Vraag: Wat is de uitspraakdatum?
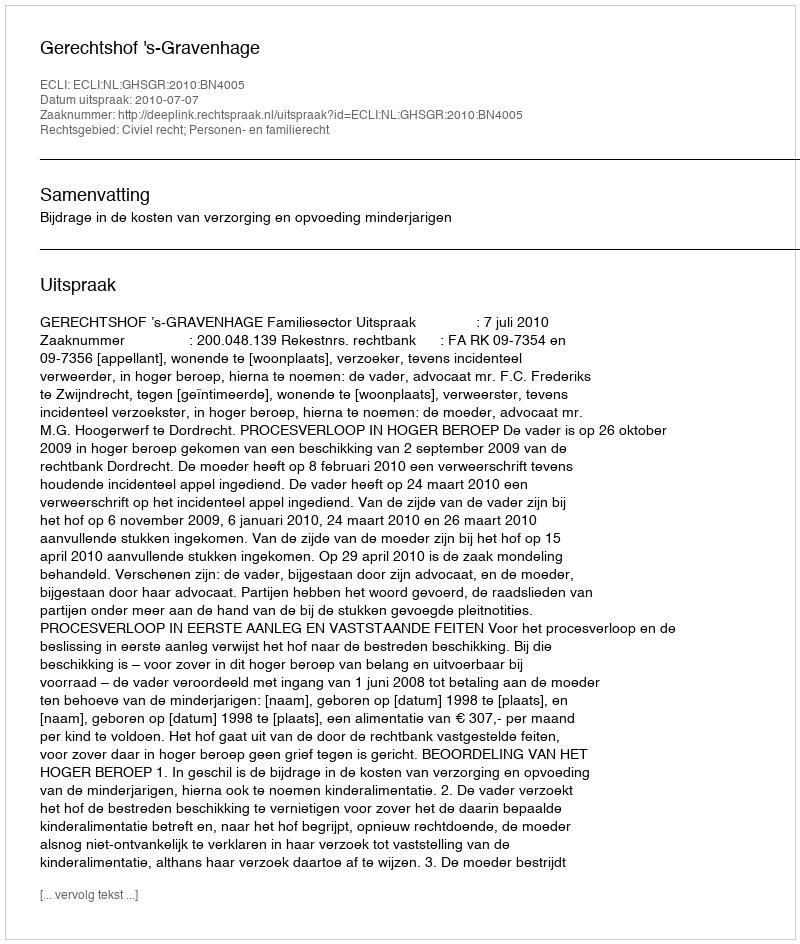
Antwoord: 2010-07-07